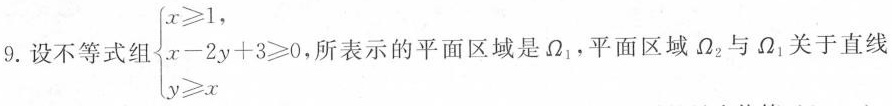
9. 设不等式组 $$\left\{ \begin{matrix} x \geq 1, \\ x-2y+3 \geq 0 \\ y \geq x \end{matrix} \right.$$ ，所表示的平面区域是\Omega _{1},平面区域\Omega _{2}与\Omega _{1}关于直线